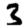
Digit: 3